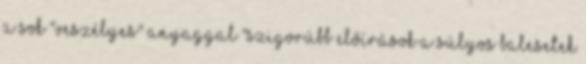
a sok "veszélyes" anyaggal "Szigorúbb előírások a súlyos balesetek